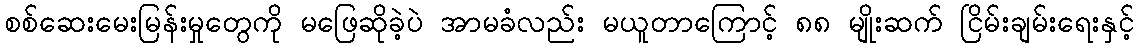
စစ်ဆေးမေးမြန်းမှုတွေကို မဖြေဆိုခဲ့ပဲ အာမခံလည်း မယူတာကြောင့် ၈၈ မျိုးဆက် ငြိမ်းချမ်းရေးနှင့်